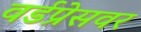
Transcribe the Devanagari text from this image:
वर्डप्रेसवर